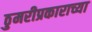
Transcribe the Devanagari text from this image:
ठुमरीप्रकाराच्या